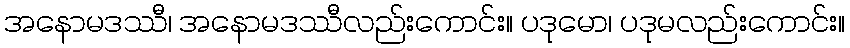
အနောမဒဿီ၊ အနောမဒဿီလည်းကောင်း။ ပဒုမော၊ ပဒုမလည်းကောင်း။